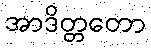
အာဒိတ္တတော